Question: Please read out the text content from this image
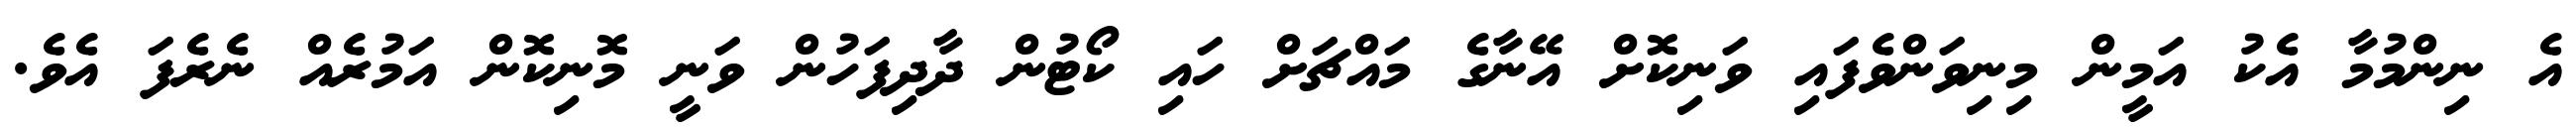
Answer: އެ ނިންމުމާ އެކު އަމީން މިނިވަންވެފައި ވަނިކޮށް އޭނާގެ މައްޗަށް ހައި ކޯޓުން ދާދިފަހުން ވަނީ މޮނިކޮން އަމުރެއް ނެރެފަ އެވެ.